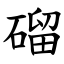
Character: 磂